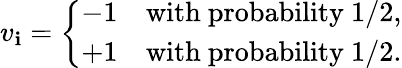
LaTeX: v_{\mathbf{i}}={\left\{ \begin{array}{ll}{-1}&{{\mathrm{with~probability~}}1/2,}\\ {+1}&{{\mathrm{with~probability~}}1/2.}\end{array}\right.}